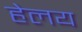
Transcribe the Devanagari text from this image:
हेलय